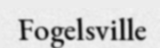
Fogelsville